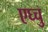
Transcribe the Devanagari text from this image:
एघ्चु